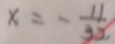
x = - \frac { 1 1 } { 3 2 }